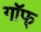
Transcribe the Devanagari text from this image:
गॉफ्